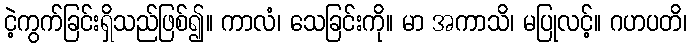
ငဲ့ကွက်ခြင်းရှိသည်ဖြစ်၍။ ကာလံ၊ သေခြင်းကို။ မာ အကာသိ၊ မပြုလင့်။ ဂဟပတိ၊